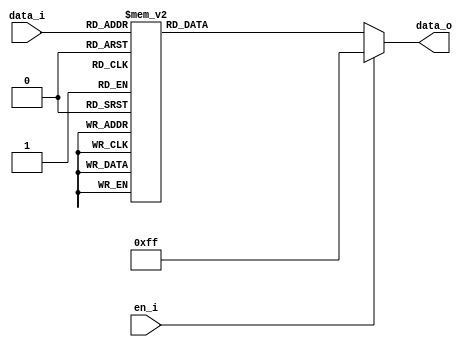
`timescale 1ns / 1ps
//////////////////////////////////////////////////////////////////////////////////
// Company: 
// Engineer: 
// 
// Design Name: 
// Module Name: decoder_38
// Project Name: 
// Target Devices: 
// Tool Versions: 
// Description: 
// 
// Dependencies: 
// 
// Revision:
// Revision 0.01 - File Created
// Additional Comments:
// 
//////////////////////////////////////////////////////////////////////////////////


module decoder_38(
    input en_i,
    input [2:0] data_i,
    output reg [7:0] data_o
    );
    
always @(data_i or en_i) begin
    if(en_i == 0)
        case (data_i)
            3'b000: data_o = 8'b1111_1110;
            3'b001: data_o = 8'b1111_1101;
            3'b010: data_o = 8'b1111_1011;
            3'b011: data_o = 8'b1111_0111;
            3'b100: data_o = 8'b1110_1111;
            3'b101: data_o = 8'b1101_1111;
            3'b110: data_o = 8'b1011_1111;
            3'b111: data_o = 8'b0111_1111;
            default: data_o = 8'b1111_1111;
       endcase
    else
        data_o = 8'b1111_1111; 
  end
endmodule